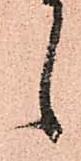
候